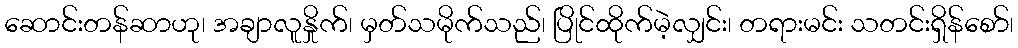
ဆောင်းတန်ဆာဟု၊ အချာလူနှိုက်၊ မှတ်သမိုက်သည်၊ ပြိုင်ထိုက်မဲ့လျှင်း၊ တရားမင်း သတင်းရှိန်စော်၊